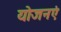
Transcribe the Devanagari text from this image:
योजनएं